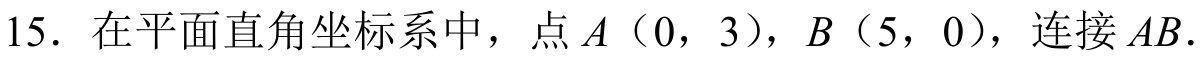
15. 在平面直角坐标系中，点 \(A(0,3)\)，\(B(5,0)\)，连接 \(AB\).